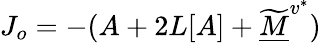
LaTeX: J_{o}=-(A+2L[A]+\widetilde{\underline{M}}^{v^{*}})